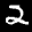
Label: 2